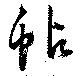
蛅